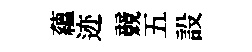
蘊迹競五設